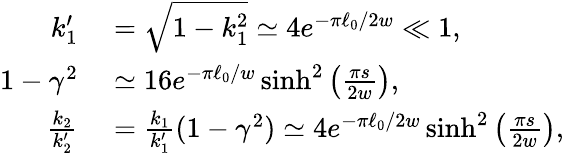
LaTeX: \begin{array}{rl}{k_{1}^{\prime}}&{{}=\sqrt{1-k_{1}^{2}}\simeq 4e^{-\pi\ell_{0}/2w}\ll 1,}\\ {1-\gamma^{2}}&{{}\simeq 16e^{-\pi\ell_{0}/w}\sinh^{2}\left(\frac{\pi s}{2w}\right),}\\ {\frac{k_{2}}{k_{2}^{\prime}}}&{{}=\frac{k_{1}}{k_{1}^{\prime}}(1-\gamma^{2})\simeq 4e^{-\pi\ell_{0}/2w}\sinh^{2}\left(\frac{\pi s}{2w}\right),}\end{array}